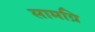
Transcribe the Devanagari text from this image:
सामग्रि